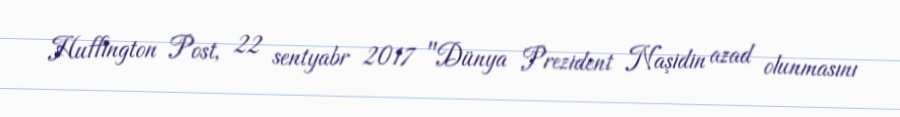
Huffington Post, 22 sentyabr 2017 "Dünya Prezident Naşidin azad olunmasını